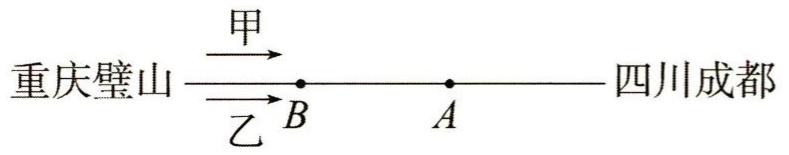
重庆璧山 \(\xrightarrow[]{甲}\) \(B\) \(\xrightarrow[]{}\) \(A\) \(\xrightarrow[]{}\) 四川成都

重庆璧山 \(\xrightarrow[]{乙}\) \(B\)